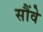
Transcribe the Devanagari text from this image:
सौंवे